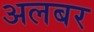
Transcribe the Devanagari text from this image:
अलबर